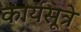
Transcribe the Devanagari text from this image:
कार्यसूत्रे